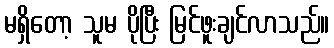
မရှိတော့ သူမ ပိုပြီး မြင်ဖူးချင်လာသည်။